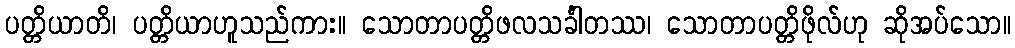
ပတ္တိယာတိ၊ ပတ္တိယာဟူသည်ကား။ သောတာပတ္တိဖလသင်္ခါတဿ၊ သောတာပတ္တိဖိုလ်ဟု ဆိုအပ်သော။